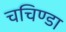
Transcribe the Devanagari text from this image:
चचिण्डा